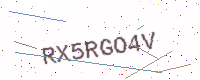
Text: RX5RGO4V